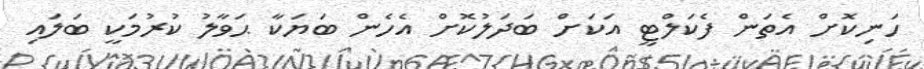
ހަނިކޮށް އެތަން ފެކަލްޓީ އަކަށް ބަދަލުކޮށް އެހެން ބަޔަކާ ޙަވާލު ކުރުމަކީ ބަލައި